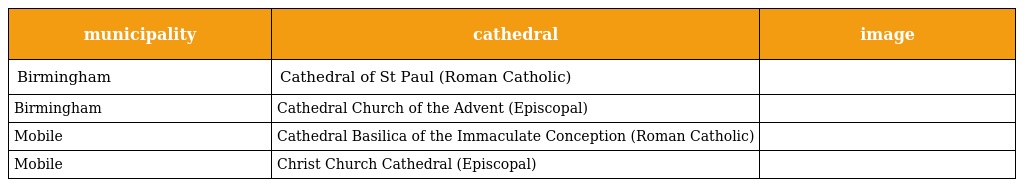
| municipality | cathedral | image |
 | --- | --- | --- |
 | Birmingham | Cathedral of St Paul (Roman Catholic) |  |
 | Birmingham | Cathedral Church of the Advent (Episcopal) |  |
 | Mobile | Cathedral Basilica of the Immaculate Conception (Roman Catholic) |  |
 | Mobile | Christ Church Cathedral (Episcopal) |  |